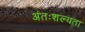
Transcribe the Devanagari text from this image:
अंतःशल्यता